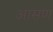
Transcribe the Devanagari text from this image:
आसण